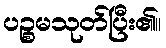
ပဉ္စမသုတ်ပြီး၏။